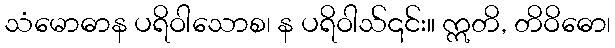
သံမောဓာန ပရိဝါသောစ၊ န ပရိဝါသ်၎င်း။ ဣတိ, တိဝိဓော၊